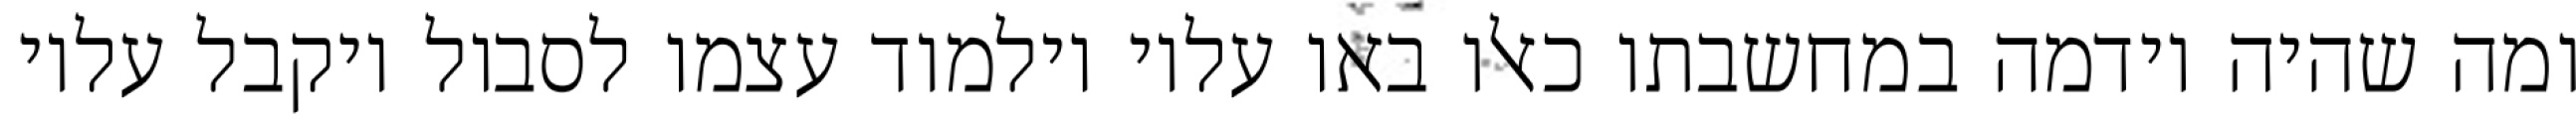
ומה שהיה וידמה במחשבתו כאלו באו עליו וילמוד עצמו לסבול ויקבל עליו